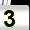
Digit: 3